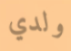
ولدي